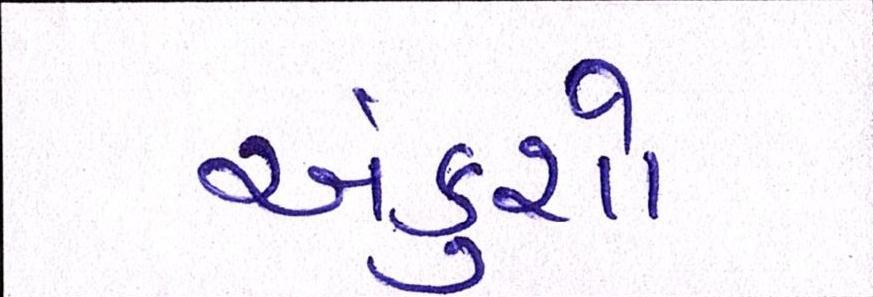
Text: અંકુશો